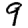
Digit: 9